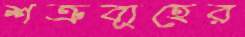
শত্রুব্যূহের